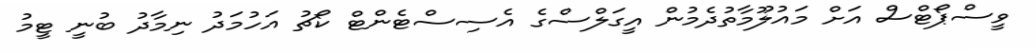
ވީސްޕޯޓްސް އަށް މައުލޫމާތުދެމުން އީގަލްސްގެ އެސިސްޓެންޓް ކޯޗު އަހުމަދު ނިމާދު ބުނީ ޓީމު